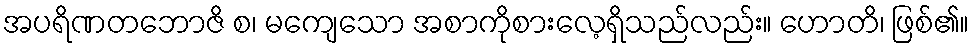
အပရိဏတဘောဇိ စ၊ မကျေသော အစာကိုစားလေ့ရှိသည်လည်း။ ဟောတိ၊ ဖြစ်၏။